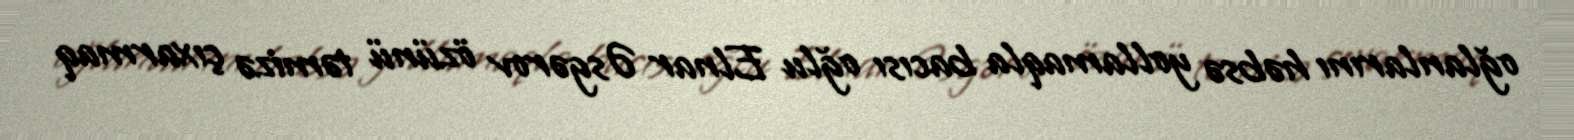
oğlanlarını həbsə yollamaqla bacısı oğlu Elnar Əsgərov özünü təmizə çıxarmaq